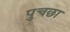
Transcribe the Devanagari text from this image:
पुचछा